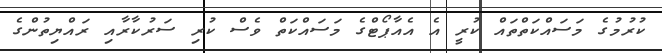
ކުރުމުގެ މަސައްކަތްތައް ކުރީ އެ އެއާޕޯޓްގެ މަސައްކަތް ވެސް ކުރި ސަރުކާރާއި ރައްޔިތުންގެ